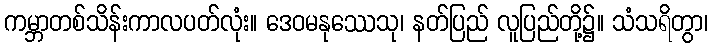
ကမ္ဘာတစ်သိန်းကာလပတ်လုံး။ ဒေဝမနုဿေသု၊ နတ်ပြည် လူပြည်တို့၌။ သံသရိတွာ၊